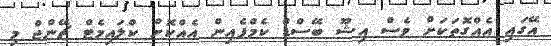
އޭގައި އެއްގޮތަކަށް ވެސް އިޝޫ ބޭސްޑް ކެމްޕެއިން އެއްކޮށް ކްލައިމެޓް ޗޭންޖް މި